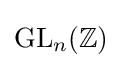
\operatorname {GL} _{n}(\mathbb {Z} )